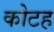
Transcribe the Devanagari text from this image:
कोटह